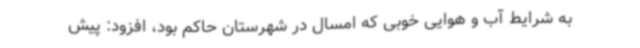
به شرایط آب و هوایی خوبی که امسال در شهرستان حاکم بود، افزود: پیش